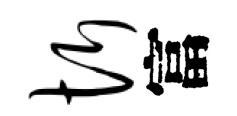
忻富